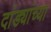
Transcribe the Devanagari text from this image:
दांड्यांच्या